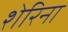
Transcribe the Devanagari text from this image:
शेरिना